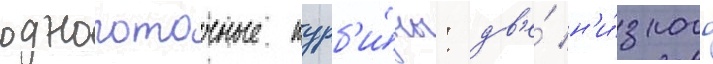
однопоточные турб'и́ны: дв'е́ н'и́зкого